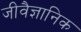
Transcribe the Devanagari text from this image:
जीवैज्ञानिक